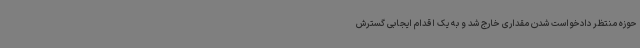
حوزه منتظر دادخواست شدن مقداری خارج شد و به یک اقدام ایجابی گسترش